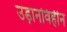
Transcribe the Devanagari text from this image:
उड़ानविहीन